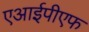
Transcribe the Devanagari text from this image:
एआईपीएफ